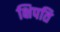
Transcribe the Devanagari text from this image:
क्षिपति